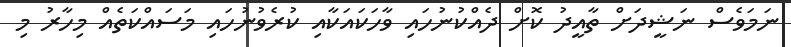
ނަމަވެސް ނަޝީދަށް ތާއީދު ކޮށް ދެއްކުނުހައި ވާހަކައަކާއި ކުރެވުނުހައި މަސައްކަތެއް މިހާރު މި